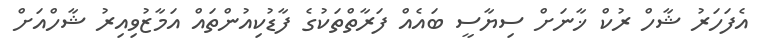
އެފަހަރު ޝާހް ރުކް ޚާނަށް ސިޔާސީ ބައެއް ފަރާތްތަކުގެ ފާޑުކިއުންތައް އަމާޒުވިއިރު ޝާހްއަށް